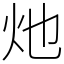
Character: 灺